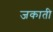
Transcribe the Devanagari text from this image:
जकाती